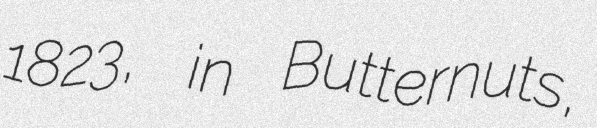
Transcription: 1823, in Butternuts,